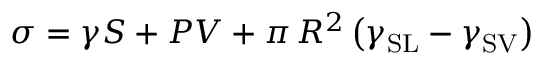
\sigma = \gamma S + P V + \pi \, R ^ { 2 } \left( \gamma _ { \mathrm { S L } } - \gamma _ { \mathrm { S V } } \right)